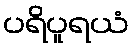
ပရိပူရယံ